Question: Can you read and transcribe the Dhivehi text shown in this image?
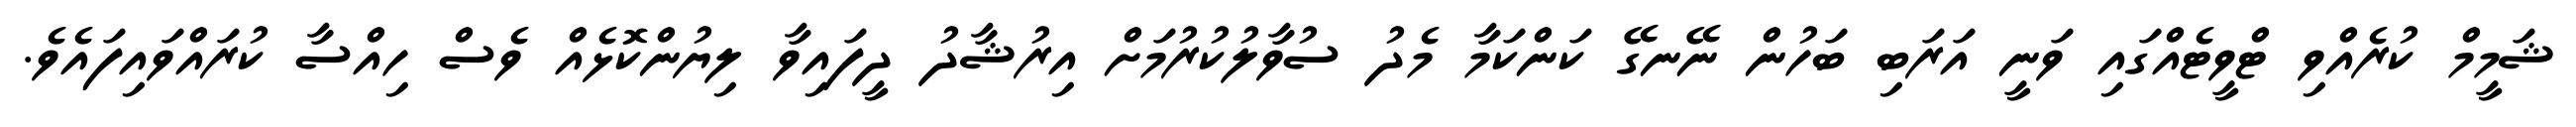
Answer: ޝަމީމް ކުރެއްވި ޓްވީޓެއްގައި ވަނީ އަރަބި ބަހުން ނޭނގޭ ކަންކަމާ މެދު ސުވާލުކުރުމަށް އިރުޝާދު ދީފައިވާ ލިޔުންކޮޅެއް ވެސް ހިއްސާ ކުރައްވައިފައެވެ.